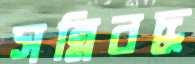
সন্নিবদ্ধ